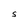
Character: S